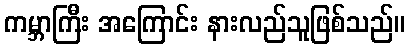
ကမ္ဘာကြီး အကြောင်း နားလည်သူဖြစ်သည်။